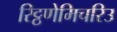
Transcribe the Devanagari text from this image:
रिट्ठणेमिचरिउ